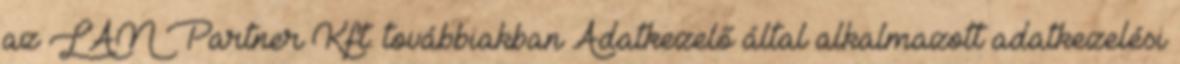
az LAN Partner Kft. továbbiakban Adatkezelő által alkalmazott adatkezelési